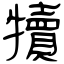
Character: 犢